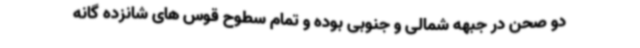
دو صحن در جبهه شمالی و جنوبی بوده و تمام سطوح قوس های شانزده گانه